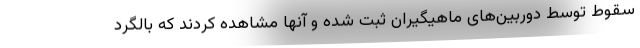
سقوط توسط دوربین‌های ماهیگیران ثبت شده و آنها مشاهده کردند که بالگرد